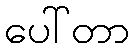
ပေါ်တာ